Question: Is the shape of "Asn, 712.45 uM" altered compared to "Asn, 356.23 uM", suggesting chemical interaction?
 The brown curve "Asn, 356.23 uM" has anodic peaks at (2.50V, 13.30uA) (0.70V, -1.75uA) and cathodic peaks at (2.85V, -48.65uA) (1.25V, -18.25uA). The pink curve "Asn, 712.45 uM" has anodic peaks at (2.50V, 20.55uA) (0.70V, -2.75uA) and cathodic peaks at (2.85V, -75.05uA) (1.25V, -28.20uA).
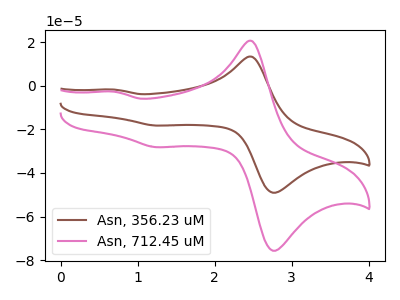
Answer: <think>All the peaks in "Asn, 712.45 uM" have a peak in "Asn, 356.23 uM" at the same potential.
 </think>
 <answer>No, "Asn, 712.45 uM" and "Asn, 356.23 uM" don't appear to be significantly different in shape</answer>
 <eval>no_change</eval>